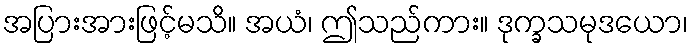
အပြားအားဖြင့်မသိ။ အယံ၊ ဤသည်ကား။ ဒုက္ခသမုဒယော၊